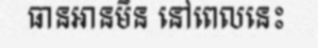
ធានអានមិន នៅពេលនេះ